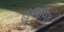
હજજ